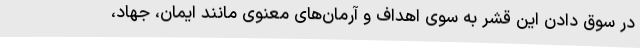
در سوق دادن این قشر به سوی اهداف و آرمان‌های معنوی مانند ایمان، جهاد،